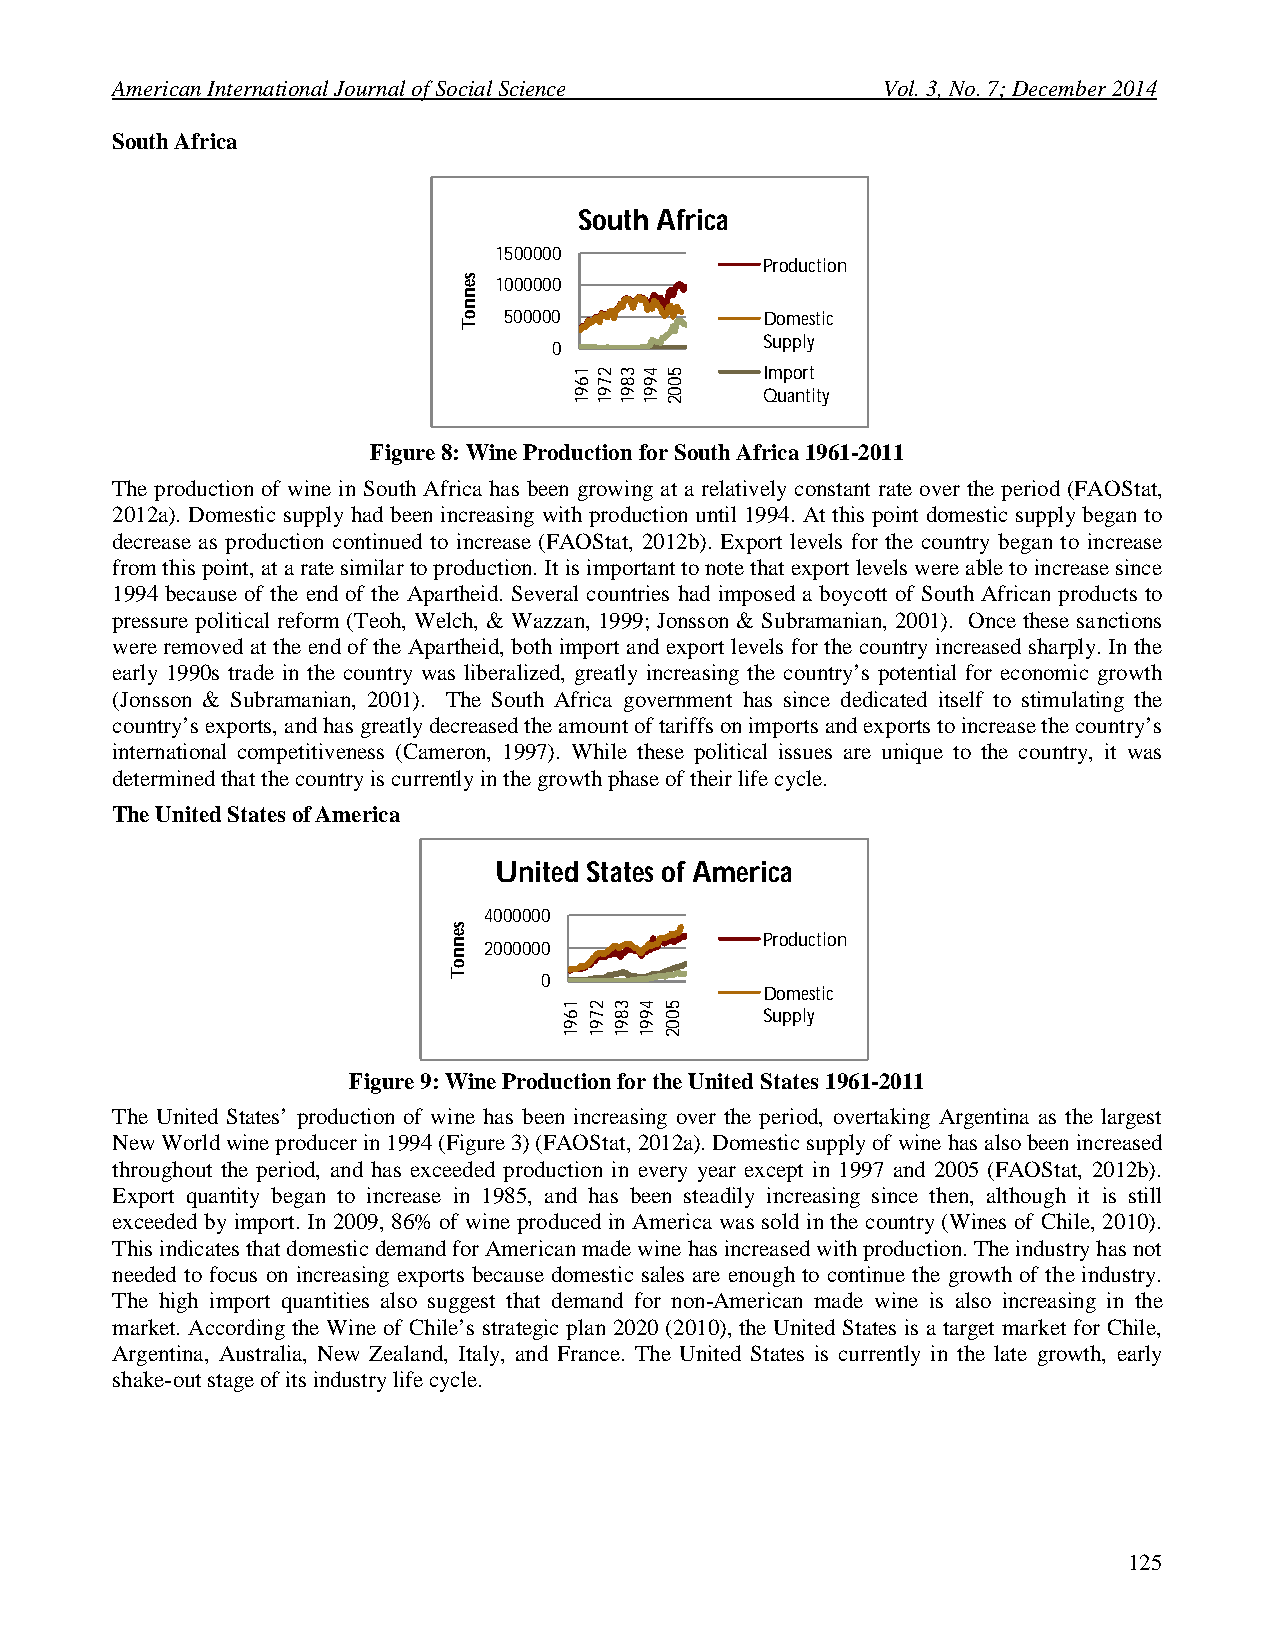
American International Journal of Social Science   Vol. 3, No. 7; December 2014
 South Africa
 South Africa
 1500000
 Production
 1000000
 500000            Domestic
 Supply
 0
 Import
 Quantity
 Figure 8: Wine Production for South Africa 1961-2011
 The production of wine in South Africa has been growing at a relatively constant rate over the period (FAOStat,
 2012a). Domestic supply had been increasing with production until 1994. At this point domestic supply began to
 decrease as production continued to increase (FAOStat, 2012b). Export levels for the country began to increase
 from this point, at a rate similar to production. It is important to note that export levels were able to increase since
 1994 because of the end of the Apartheid. Several countries had imposed a boycott of South African products to
 pressure political reform (Teoh, Welch, & Wazzan, 1999; Jonsson & Subramanian, 2001). Once these sanctions
 were removed at the end of the Apartheid, both import and export levels for the country increased sharply. In the
 early 1990s trade in the country was liberalized, greatly increasing the country’s potential for economic growth
 (Jonsson & Subramanian, 2001). The South Africa government has since dedicated itself to stimulating the
 country’s exports, and has greatly decreased the amount of tariffs on imports and exports to increase the country’s
 international competitiveness (Cameron, 1997). While these political issues are unique to the country, it was
 determined that the country is currently in the growth phase of their life cycle.
 The United States of America
 United States of America
 4000000
 Production
 2000000
 0
 Domestic
 Supply
 Figure 9: Wine Production for the United States 1961-2011
 The United States’ production of wine has been increasing over the period, overtaking Argentina as the largest
 New World wine producer in 1994 (Figure 3) (FAOStat, 2012a). Domestic supply of wine has also been increased
 throughout the period, and has exceeded production in every year except in 1997 and 2005 (FAOStat, 2012b).
 Export quantity began to increase in 1985, and has been steadily increasing since then, although it is still
 exceeded by import. In 2009, 86% of wine produced in America was sold in the country (Wines of Chile, 2010).
 This indicates that domestic demand for American made wine has increased with production. The industry has not
 needed to focus on increasing exports because domestic sales are enough to continue the growth of the industry.
 The high import quantities also suggest that demand for non-American made wine is also increasing in the
 market. According the Wine of Chile’s strategic plan 2020 (2010), the United States is a target market for Chile,
 Argentina, Australia, New Zealand, Italy, and France. The United States is currently in the late growth, early
 shake-out stage of its industry life cycle.
 125
 sennoT
 sennoT
 1691
 1691
 2791
 2791 3891
 3891
 4991
 4991
 5002
 5002